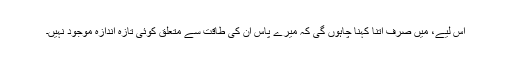
اِس لیے، میں صرف اتنا کہنا چاہوں گی کہ میرے پاس اُن کی طاقت سے متعلق کوئی تازہ اندازہ موجود نہیں۔